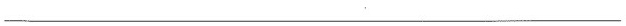
___